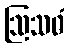
ဩသဓံ